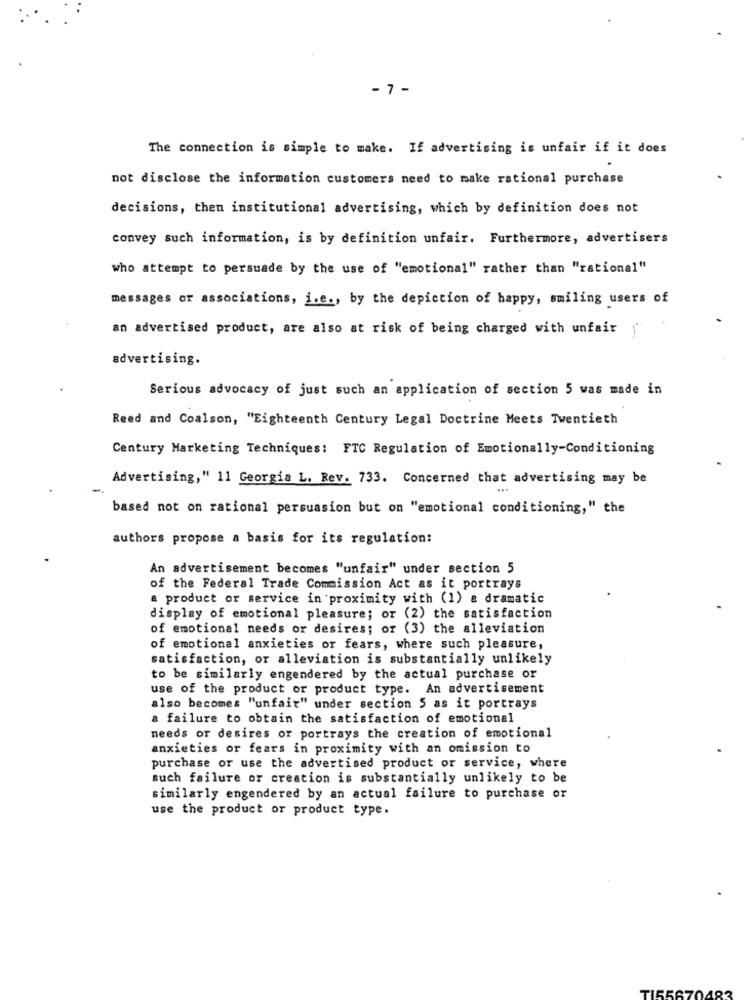
- 7 -
The connection is simple to make. If advertising is unfair if it does
not disclose the information customers need to make rational purchase
decisions, then institutional advertising, which by definition does not
convey such information, is by definition unfair. Furthermore, advertisers
who attempt to persuade by the use of "emotional" rather than "rational"
messages or associations, i.e ., by the depiction of happy, smiling users of
an advertised product, are also at risk of being charged with unfair
5
advertising.
Serious advocacy of just such an application of section 5 was made in
Reed and Coalson, "Eighteenth Century Legal Doctrine Meets Twentieth
Century Marketing Techniques: FTC Regulation of Emotionally-Conditioning
Advertising," 11 Georgia L. Rev. 733. Concerned that advertising may be
based not on rational persuasion but on "emotional conditioning," the
authors propose a basis for its regulation:
An advertisement becomes "unfair" under section 5
of the Federal Trade Commission Act as it portrays
a product or service in proximity with (1) a dramatic
display of emotional pleasure; or (2) the satisfaction
of emotional needs or desires; or (3) the alleviation
of emotional anxieties or fears, where such pleasure,
satisfaction, or alleviation is substantially unlikely
to be similarly engendered by the actual purchase or
use of the product or product type. An advertisement
also becomes "unfair" under section 5 as it portrays
a failure to obtain the satisfaction of emotional
needs or desires or portrays the creation of emotional
anxieties or fears in proximity with an omission to
purchase or use the advertised product or service, where
such failure or creation is substantially unlikely to be
similarly engendered by an actual failure to purchase or
use the product or product type.
TISSA